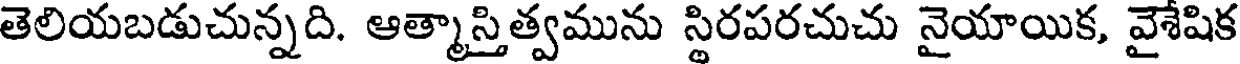
తెలియబడుచున్నది. ఆత్మాస్తిత్వమును స్థిరపరచుచు నైయాయిక, వైశేషిక